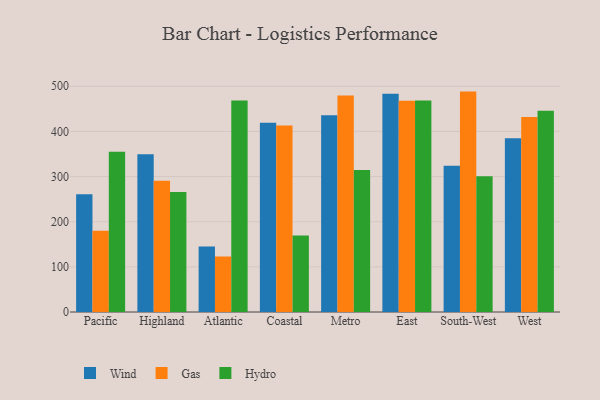
{"axis": {"x": "Region", "y": "Active Users"}, "legend": ["Gas", "Hydro", "Wind"], "data": [{"x": "Pacific", "y": 260.6, "type": "Wind"}, {"x": "Pacific", "y": 179.7, "type": "Gas"}, {"x": "Pacific", "y": 354.7, "type": "Hydro"}, {"x": "Highland", "y": 349.2, "type": "Wind"}, {"x": "Highland", "y": 290.8, "type": "Gas"}, {"x": "Highland", "y": 265.8, "type": "Hydro"}, {"x": "Atlantic", "y": 145.1, "type": "Wind"}, {"x": "Atlantic", "y": 122.9, "type": "Gas"}, {"x": "Atlantic", "y": 468.6, "type": "Hydro"}, {"x": "Coastal", "y": 419.2, "type": "Wind"}, {"x": "Coastal", "y": 413.1, "type": "Gas"}, {"x": "Coastal", "y": 169.5, "type": "Hydro"}, {"x": "Metro", "y": 435.9, "type": "Wind"}, {"x": "Metro", "y": 479.5, "type": "Gas"}, {"x": "Metro", "y": 314.8, "type": "Hydro"}, {"x": "East", "y": 483.7, "type": "Wind"}, {"x": "East", "y": 467.9, "type": "Gas"}, {"x": "East", "y": 468.7, "type": "Hydro"}, {"x": "South-West", "y": 324.0, "type": "Wind"}, {"x": "South-West", "y": 488.2, "type": "Gas"}, {"x": "South-West", "y": 300.7, "type": "Hydro"}, {"x": "West", "y": 385.1, "type": "Wind"}, {"x": "West", "y": 432.1, "type": "Gas"}, {"x": "West", "y": 445.6, "type": "Hydro"}]}